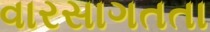
વારસાગતતા